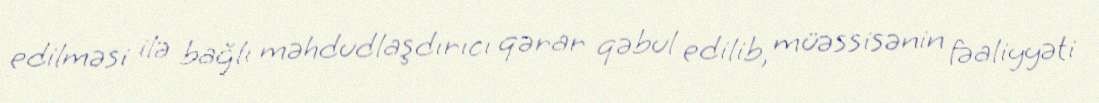
edilməsi ilə bağlı məhdudlaşdırıcı qərar qəbul edilib, müəssisənin fəaliyyəti